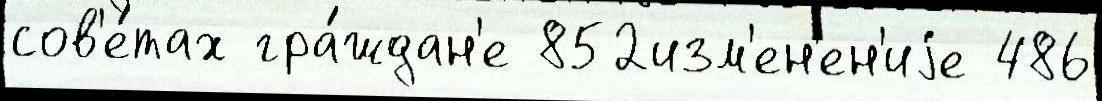
сов'е́тах гра́ждан'е 852изм'ен'ен'иjе 486